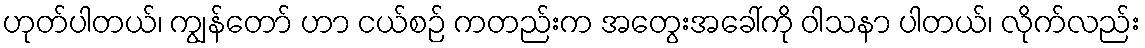
ဟုတ်ပါတယ်၊ ကျွန်တော် ဟာ ငယ်စဉ် ကတည်းက အတွေးအခေါ်ကို ဝါသနာ ပါတယ်၊ လိုက်လည်း